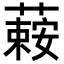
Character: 𦾄